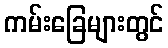
ကမ်းခြေများတွင်